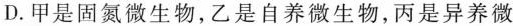
D.甲是固氮微生物，乙是自养微生物，丙是异养微